Civil Veterinary Department Bengal reports 1923-33 - 1923-1933
Year: 1923
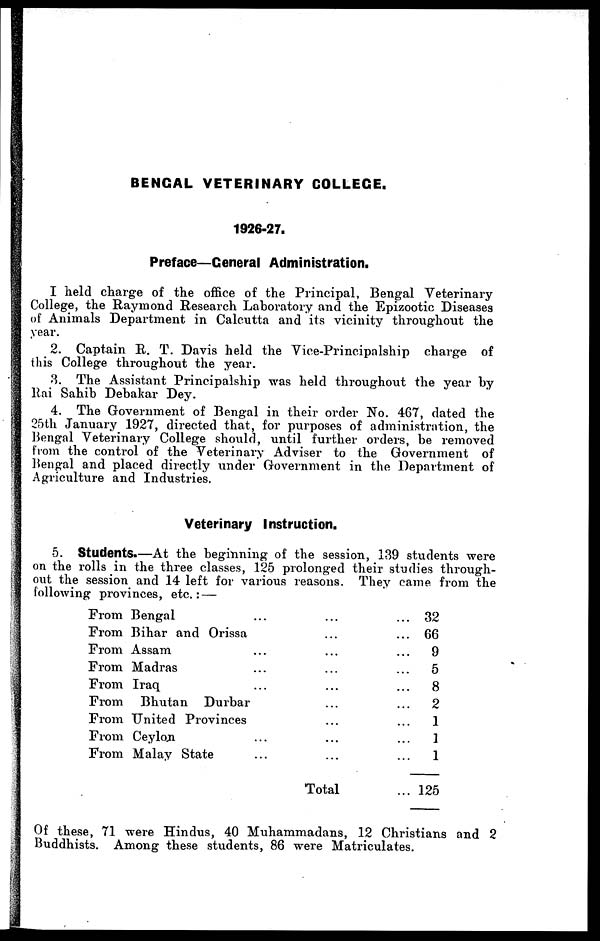
BENGAL VETERINARY COLLEGE.
1926-27.
Preface—General Administration.
I held charge of the office of the Principal, Bengal Veterinary
College, the Raymond Research Laboratory and the Epizootic Diseases
of Animals Department in Calcutta and its vicinity throughout the
year.
2. Captain R. T. Davis held the Vice-Principalship charge of
this College throughout the year.
3. The Assistant Principalship was held throughout the year by
Rai Sahib Debakar Dey.
4. The Government of Bengal in their order No. 467, dated the
25th January 1927, directed that, for purposes of administration, the
Bengal Veterinary College should, until further orders, be removed
from the control of the Veterinary Adviser to the Government of
Bengal and placed directly under Government in the Department of
Agriculture and Industries.
Veterinary Instruction.
5. Students.—At the beginning of the session, 139 students were
on the rolls in the three classes, 125 prolonged their studies through-
out the session and 14 left for various reasons. They came from the
following provinces, etc.: —
From Bengal ...
From Bihar and Orissa
From Assam ...
From Madras ...
From Iraq ...
From Bhutan
Durbar
From United Provinces
From Ceylon ...
From Malay State ...
...
...
...
...
...
...
...
...
...
Total
...
...
...
...
...
...
...
...
...
...
32
66
9
5
8
2
1
1
1
125
Of these, 71 were Hindus, 40 Muhammadans, 12 Christians and 2
Buddhists. Among these students, 86 were Matriculates.